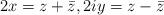
LaTeX: \begin{align*}2x=z+\bar{z},2iy=z-\bar{z} \end{align*}